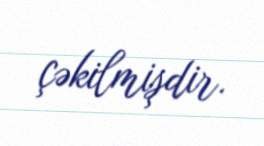
çəkilmişdir.